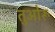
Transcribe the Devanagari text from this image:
तुओरू